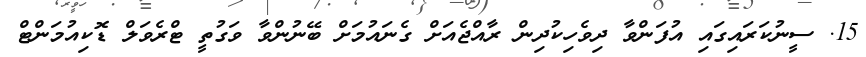
15. ސީނުކަރައިގައި އުފަންވާ ދިވެހިކުދިން ރާއްޖެއަށް ގެނައުމަށް ބޭނުންވާ ވަގުތީ ޓްރެވަލް ޑޮކިއުމަންޓް